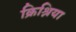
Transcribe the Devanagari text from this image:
क्रिश्निया